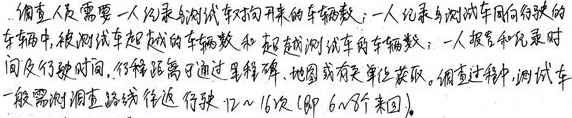
侦查人员需要一人纪录与测试车对向开来的车辆数；一人纪录与测试车同向行驶的
车辆中，被测试车超越的车辆数和超越测试车的车辆数；一人报室和纪录时
间及行驶时间，行程距离通过里程碑、地图或有关单位获取。侦查过程中，测试车
一般需对侦查路线往返行驶12～16次(即6个来回)。